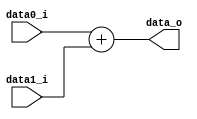
module Adder
(
	data0_i,
	data1_i,
	data_o
);

input	[31:0]	data0_i, data1_i;
output	[31:0]	data_o;

assign	data_o = data0_i + data1_i;

endmodule